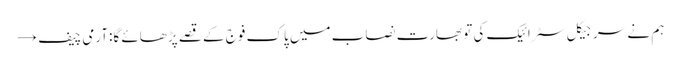
ہم نے سرجیکل سٹرائیک کی تو بھارت نصاب میں پاک فوج کے قصے پڑھائے گا:آرمی چیف →